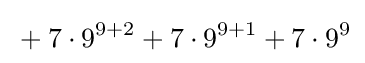
{}+7\cdot 9^{9+2}+7\cdot 9^{9+1}+7\cdot 9^{9}